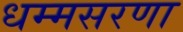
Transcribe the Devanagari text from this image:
धम्मसरणा